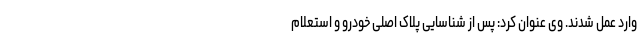
وارد عمل شدند. وی عنوان کرد: پس از شناسایی پلاک اصلی خودرو و استعلام